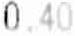
0.40